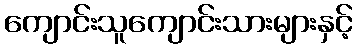
ကျောင်းသူကျောင်းသားများနှင့်